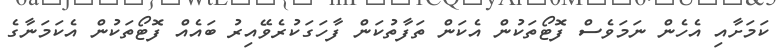
ކަމަށާއި އެހެން ނަމަވެސް ފޮޓޯތަކުން އެކަން ތަފާތުކަން ފާހަގަކުރެވޭއިރު ބައެއް ފޮޓޯތަކުން އެކަމަނާގެ